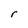
Character: r